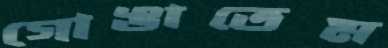
গোঙাতেম